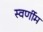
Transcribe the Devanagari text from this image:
स्वर्णीम